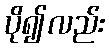
ပို၍လည်း